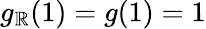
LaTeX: g_{\mathbb{R}}(1)=g(1)=1